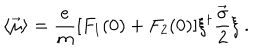
\langle \vec { \mu } \rangle = \frac { e } { m } [ F _ { 1 } ( 0 ) + F _ { 2 } ( 0 ) ] { \xi } ^ { \dagger } \frac { \vec { \sigma } } { 2 } \xi \ .